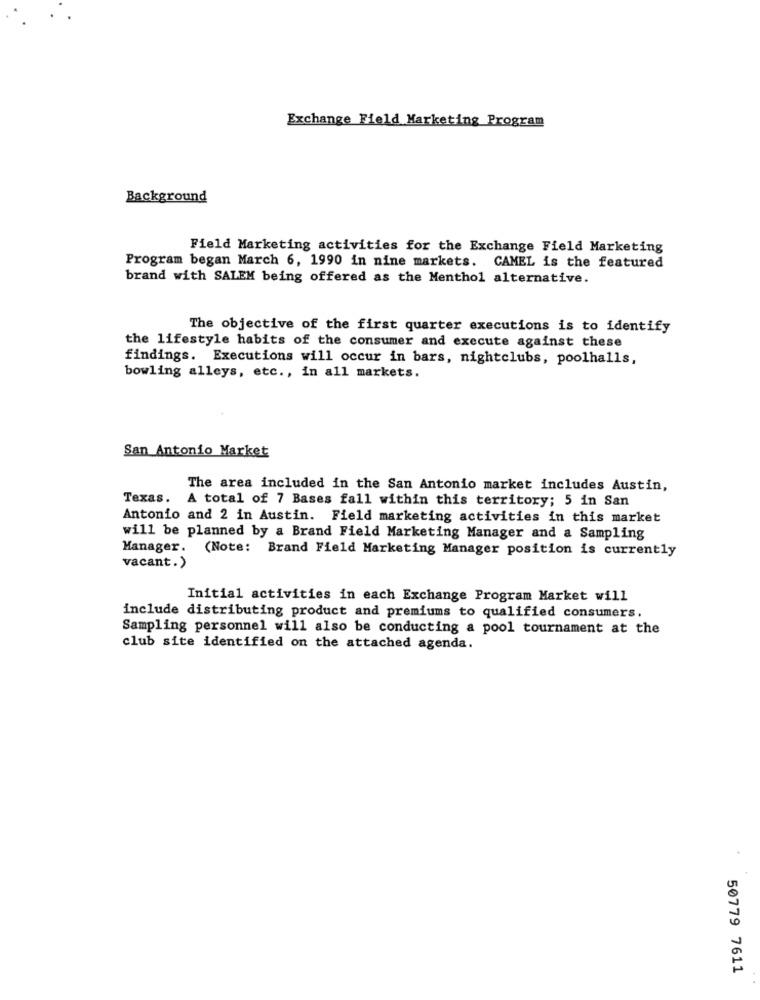
Exchange Field Marketing Program
Background
Field Marketing activities for the Exchange Field Marketing
Program began March 6, 1990 in nine markets. CAMEL is the featured
brand with SALEM being offered as the Menthol alternative.
The objective of the first quarter executions is to identify
the lifestyle habits of the consumer and execute against these
findings. Executions will occur in bars, nightclubs, poolhalls,
bowling alleys, etc ., in all markets.
San Antonio Market
The area included in the San Antonio market includes Austin,
Texas. A total of 7 Bases fall within this territory; 5 in San
Antonio and 2 in Austin. Field marketing activities in this market
will be planned by a Brand Field Marketing Manager and a Sampling
Manager. (Note: Brand Field Marketing Manager position is currently
vacant.)
Initial activities in each Exchange Program Market will
include distributing product and premiums to qualified consumers.
Sampling personnel will also be conducting a pool tournament at the
club site identified on the attached agenda.
50779 7611